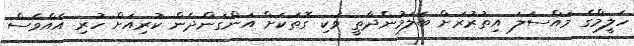
ހަލީމްގެ މައްސަލަ އިތުރުރަށް ބަލަމުންދާތީ ވަކި ގޮތަކަށް އަންގަންދެން ކުރިއަށް ހުރި އެއްވެސް